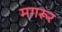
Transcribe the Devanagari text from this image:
मगरूर